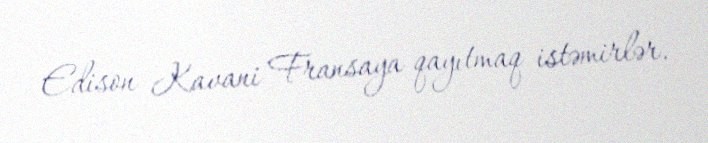
Edison Kavani Fransaya qayıtmaq istəmirlər.